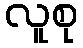
လူစု